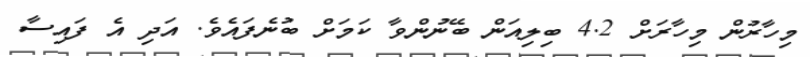
މިހާރުން މިހާރަށް 4.2 ބިލިއަން ބޭނުންވާ ކަމަށް ބުނެފައެވެ. އަދި އެ ފައިސާ